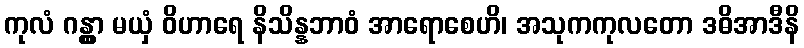
ကုလံ ဂန္တွာ မယှံ ဝိဟာရေ နိသိန္နဘာဝံ အာရောစေဟိ၊ အသုကကုလတော ဒဓိအာဒီနိ